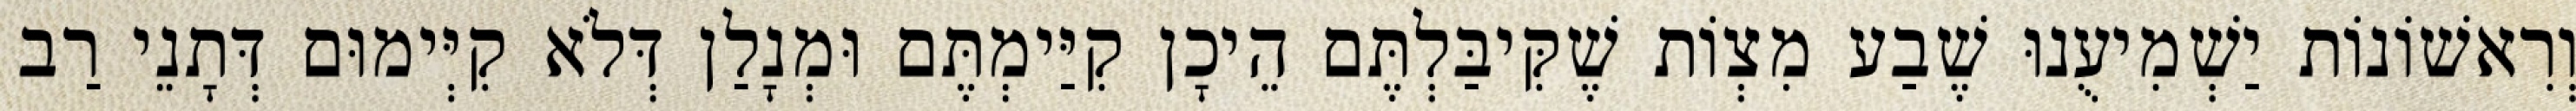
וְרִאשׁוֹנוֹת יַשְׁמִיעֻנוּ שֶׁבַע מִצְוֹת שֶׁקִּיבַּלְתֶּם הֵיכָן קִיַּימְתֶּם וּמְנָלַן דְּלֹא קִיְּימוּם דְּתָנֵי רַב